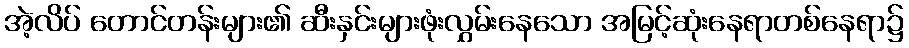
အဲ့လိပ် တောင်တန်းများ၏ ဆီးနှင်းများဖုံးလွှမ်းနေသော အမြင့်ဆုံးနေရာတစ်နေရာ၌